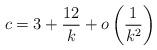
LaTeX: \begin{align*}c = 3 + \frac{12}{k} + o\left( \frac{1}{k^2}\right)\end{align*}